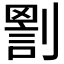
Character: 𠟑